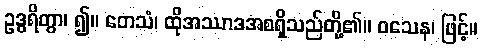
ဥဒ္ဓရိတွာ၊ ၍။ တေသံ၊ ထိုအဿာဒအစရှိသည်တို့၏။ ဝသေန၊ ဖြင့်။